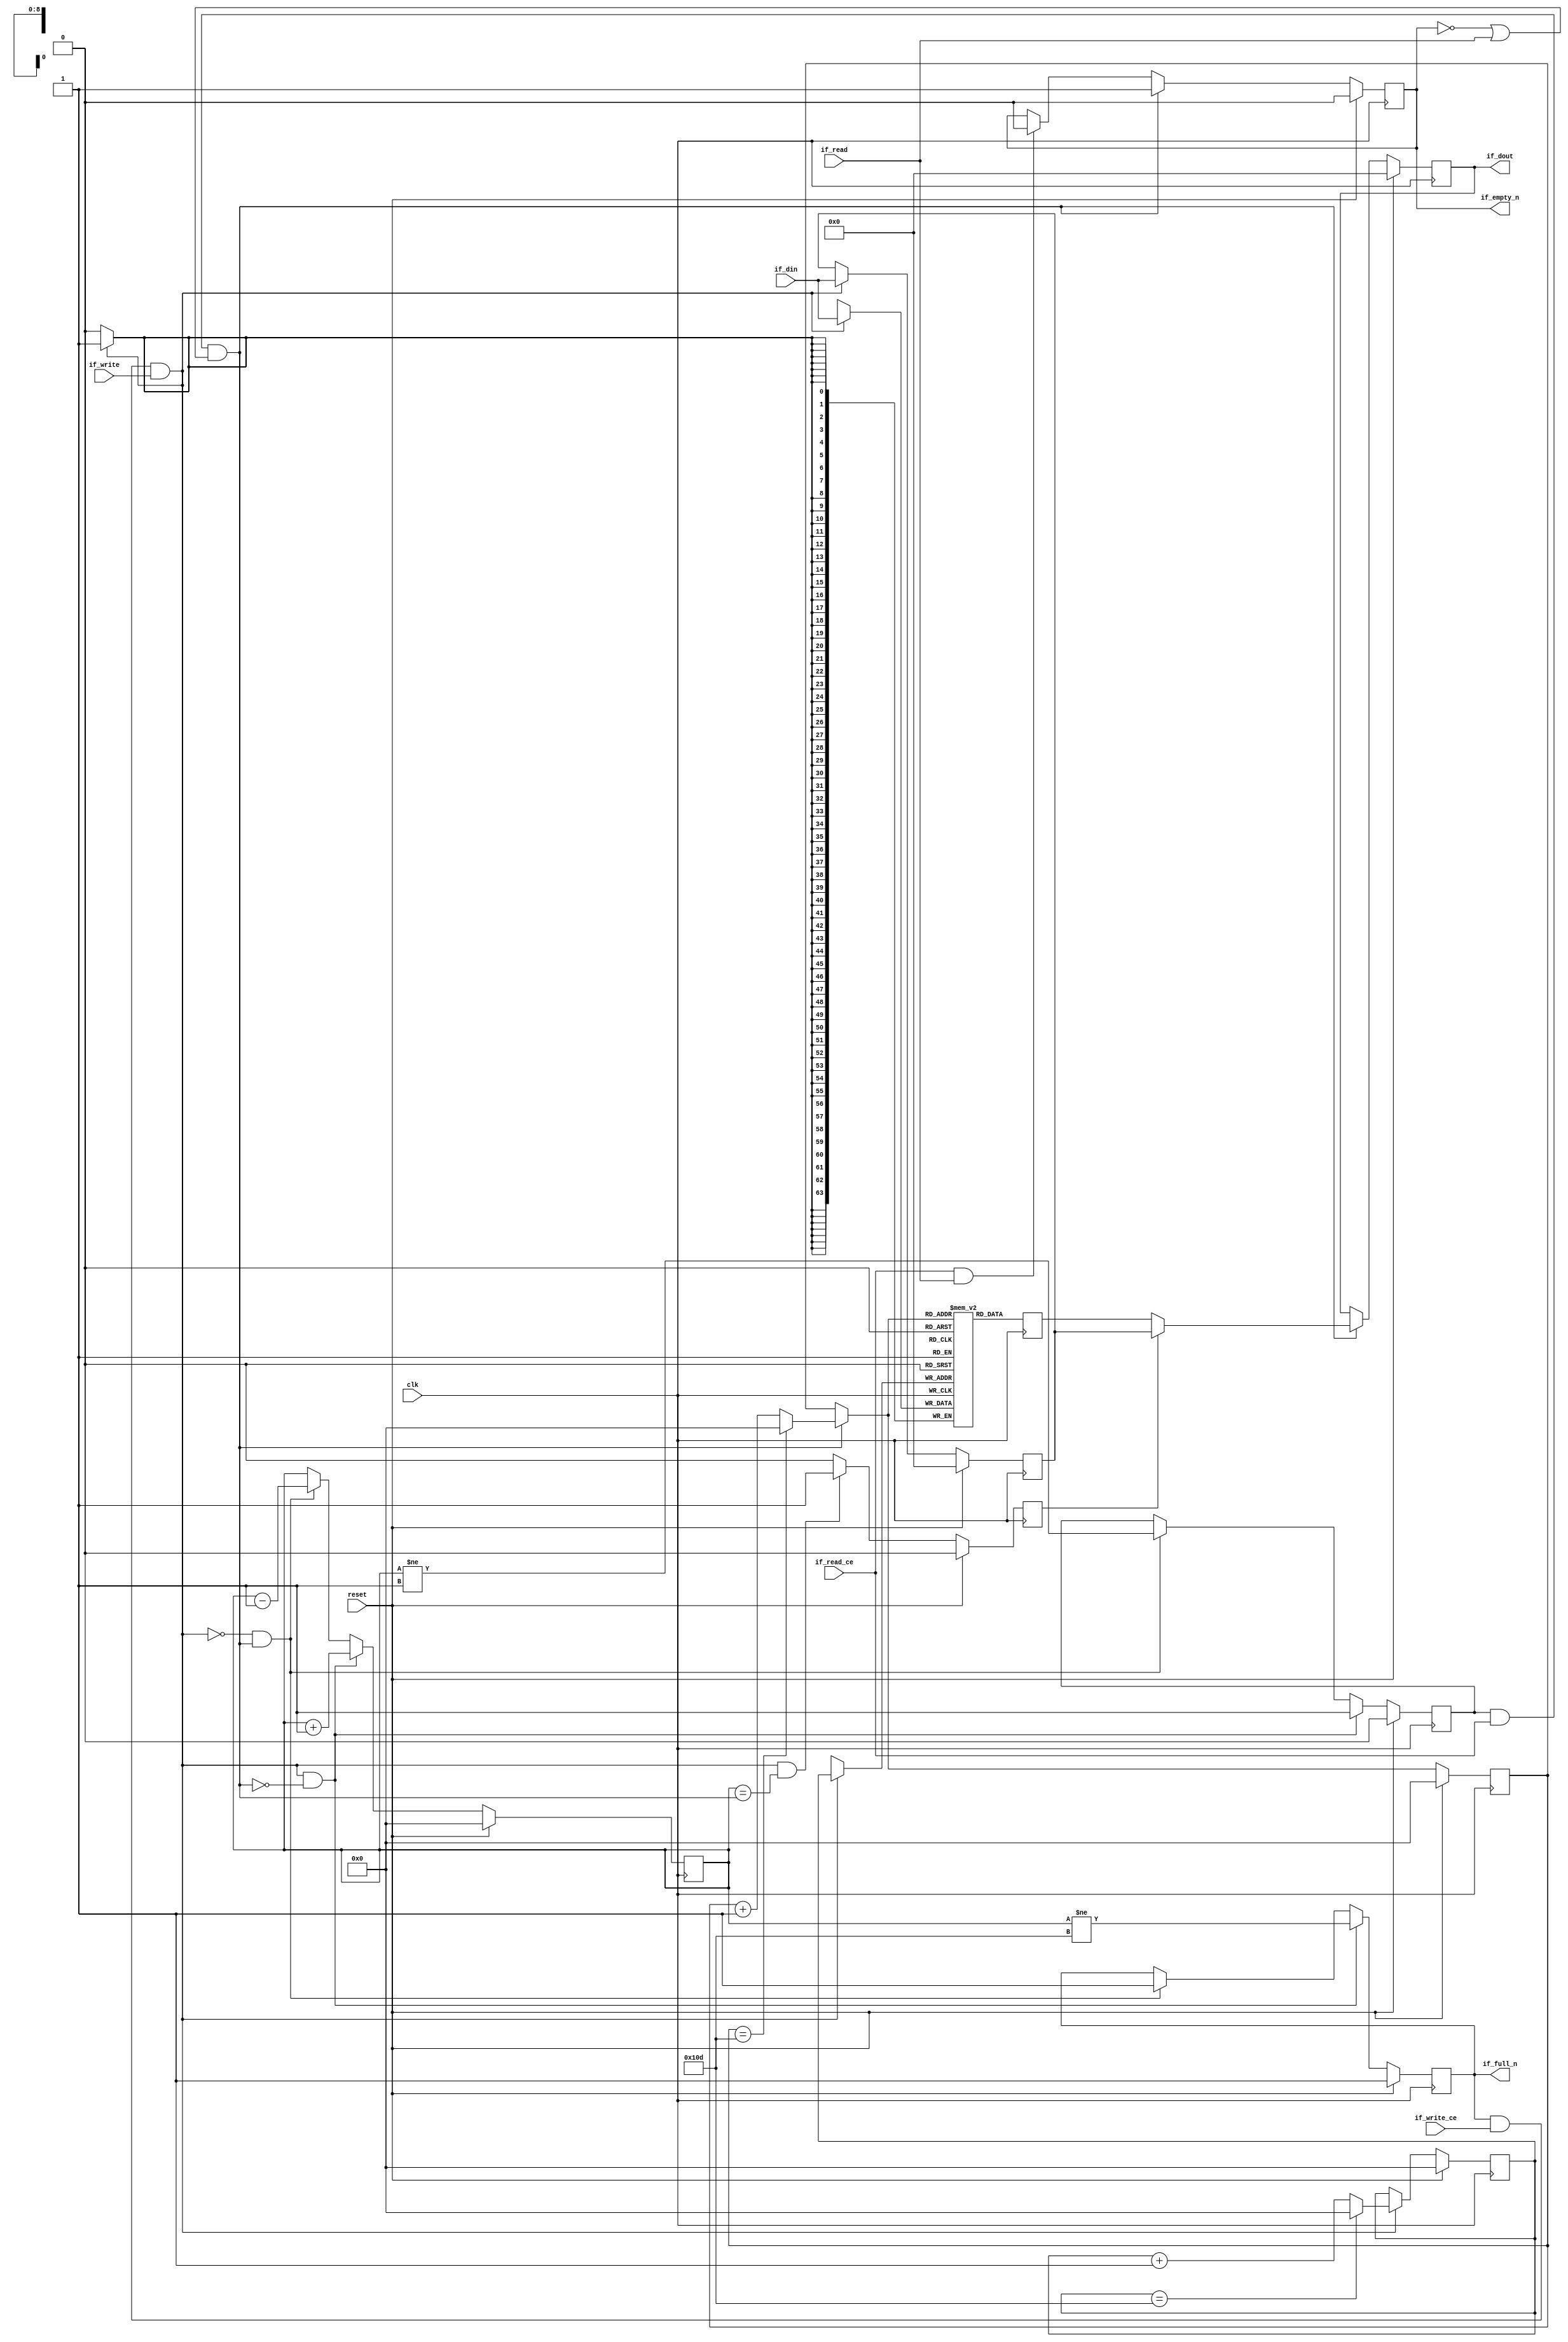
// ==============================================================
// Vivado(TM) HLS - High-Level Synthesis from C, C++ and SystemC v2019.1 (64-bit)
// Copyright 1986-2019 Xilinx, Inc. All Rights Reserved.
// ==============================================================

`timescale 1ns/1ps

module design_1_v_frmbuf_wr_0_0_fifo_w64_d270_B
#(parameter
    MEM_STYLE   = "block",
    DATA_WIDTH  = 64,
    ADDR_WIDTH  = 9,
    DEPTH       = 270
)
(
    // system signal
    input  wire                  clk,
    input  wire                  reset,

    // write
    output wire                  if_full_n,
    input  wire                  if_write_ce,
    input  wire                  if_write,
    input  wire [DATA_WIDTH-1:0] if_din,

    // read
    output wire                  if_empty_n,
    input  wire                  if_read_ce,
    input  wire                  if_read,
    output wire [DATA_WIDTH-1:0] if_dout
);
//------------------------Parameter----------------------

//------------------------Local signal-------------------
(* ram_style = MEM_STYLE *)
reg  [DATA_WIDTH-1:0] mem[0:DEPTH-1];
reg  [DATA_WIDTH-1:0] q_buf = 1'b0;
reg  [ADDR_WIDTH-1:0] waddr = 1'b0;
reg  [ADDR_WIDTH-1:0] raddr = 1'b0;
wire [ADDR_WIDTH-1:0] wnext;
wire [ADDR_WIDTH-1:0] rnext;
wire                  push;
wire                  pop;
reg  [ADDR_WIDTH-1:0] usedw = 1'b0;
reg                   full_n = 1'b1;
reg                   empty_n = 1'b0;
reg  [DATA_WIDTH-1:0] q_tmp = 1'b0;
reg                   show_ahead = 1'b0;
reg  [DATA_WIDTH-1:0] dout_buf = 1'b0;
reg                   dout_valid = 1'b0;


//------------------------Instantiation------------------

//------------------------Task and function--------------

//------------------------Body---------------------------
assign if_full_n  = full_n;
assign if_empty_n = dout_valid;
assign if_dout    = dout_buf;
assign push       = full_n & if_write_ce & if_write;
assign pop        = empty_n & if_read_ce & (~dout_valid | if_read);
assign wnext      = !push                ? waddr :
                    (waddr == DEPTH - 1) ? 1'b0  :
                    waddr + 1'b1;
assign rnext      = !pop                 ? raddr :
                    (raddr == DEPTH - 1) ? 1'b0  :
                    raddr + 1'b1;

// waddr
always @(posedge clk) begin
    if (reset == 1'b1)
        waddr <= 1'b0;
    else
        waddr <= wnext;
end

// raddr
always @(posedge clk) begin
    if (reset == 1'b1)
        raddr <= 1'b0;
    else
        raddr <= rnext;
end

// usedw
always @(posedge clk) begin
    if (reset == 1'b1)
        usedw <= 1'b0;
    else if (push & ~pop)
        usedw <= usedw + 1'b1;
    else if (~push & pop)
        usedw <= usedw - 1'b1;
end

// full_n
always @(posedge clk) begin
    if (reset == 1'b1)
        full_n <= 1'b1;
    else if (push & ~pop)
        full_n <= (usedw != DEPTH - 1);
    else if (~push & pop)
        full_n <= 1'b1;
end

// empty_n
always @(posedge clk) begin
    if (reset == 1'b1)
        empty_n <= 1'b0;
    else if (push & ~pop)
        empty_n <= 1'b1;
    else if (~push & pop)
        empty_n <= (usedw != 1'b1);
end

// mem
always @(posedge clk) begin
    if (push)
        mem[waddr] <= if_din;
end

// q_buf
always @(posedge clk) begin
    q_buf <= mem[rnext];
end

// q_tmp
always @(posedge clk) begin
    if (reset == 1'b1)
        q_tmp <= 1'b0;
    else if (push)
        q_tmp <= if_din;
end

// show_ahead
always @(posedge clk) begin
    if (reset == 1'b1)
        show_ahead <= 1'b0;
    else if (push && usedw == pop)
        show_ahead <= 1'b1;
    else
        show_ahead <= 1'b0;
end

// dout_buf
always @(posedge clk) begin
    if (reset == 1'b1)
        dout_buf <= 1'b0;
    else if (pop)
        dout_buf <= show_ahead? q_tmp : q_buf;
end

// dout_valid
always @(posedge clk) begin
    if (reset == 1'b1)
        dout_valid <= 1'b0;
    else if (pop)
        dout_valid <= 1'b1;
    else if (if_read_ce & if_read)
        dout_valid <= 1'b0;
end

endmodule